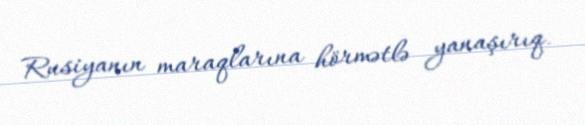
Rusiyanın maraqlarına hörmətlə yanaşırıq.